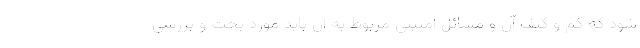
شود که کم و کیف آن و مسائل امنیتی مربوط به آن باید مورد بحث و بررسی